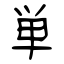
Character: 単